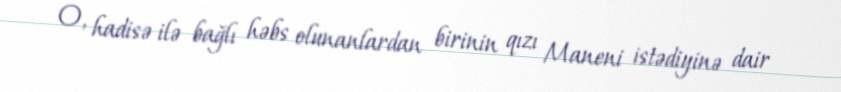
O, hadisə ilə bağlı həbs olunanlardan birinin qızı Maneni istədiyinə dair